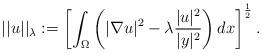
LaTeX: \begin{align*} ||u||_{\lambda} := \left[ \int_{\Omega} \left( |\nabla u|^2 - \lambda \frac{|u|^2}{|y|^2} \right) dx \right]^{\frac{1}{2}}.\end{align*}